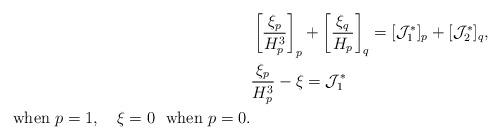
LaTeX: \begin{align*} & \left[ \frac{\xi_p}{H_p^3} \right]_p + \left[ \frac{\xi_q}{H_p} \right]_q =[{\cal J}_1^*]_p + [{\cal J}_2^*]_q, \\ & \frac{\xi_p}{H_p^3} - \xi = {\cal J}_1^* \\ \mbox{when} \ p = 1, \ \ \ \xi = 0 \ \ \mbox{when} \ p = 0.\end{align*}